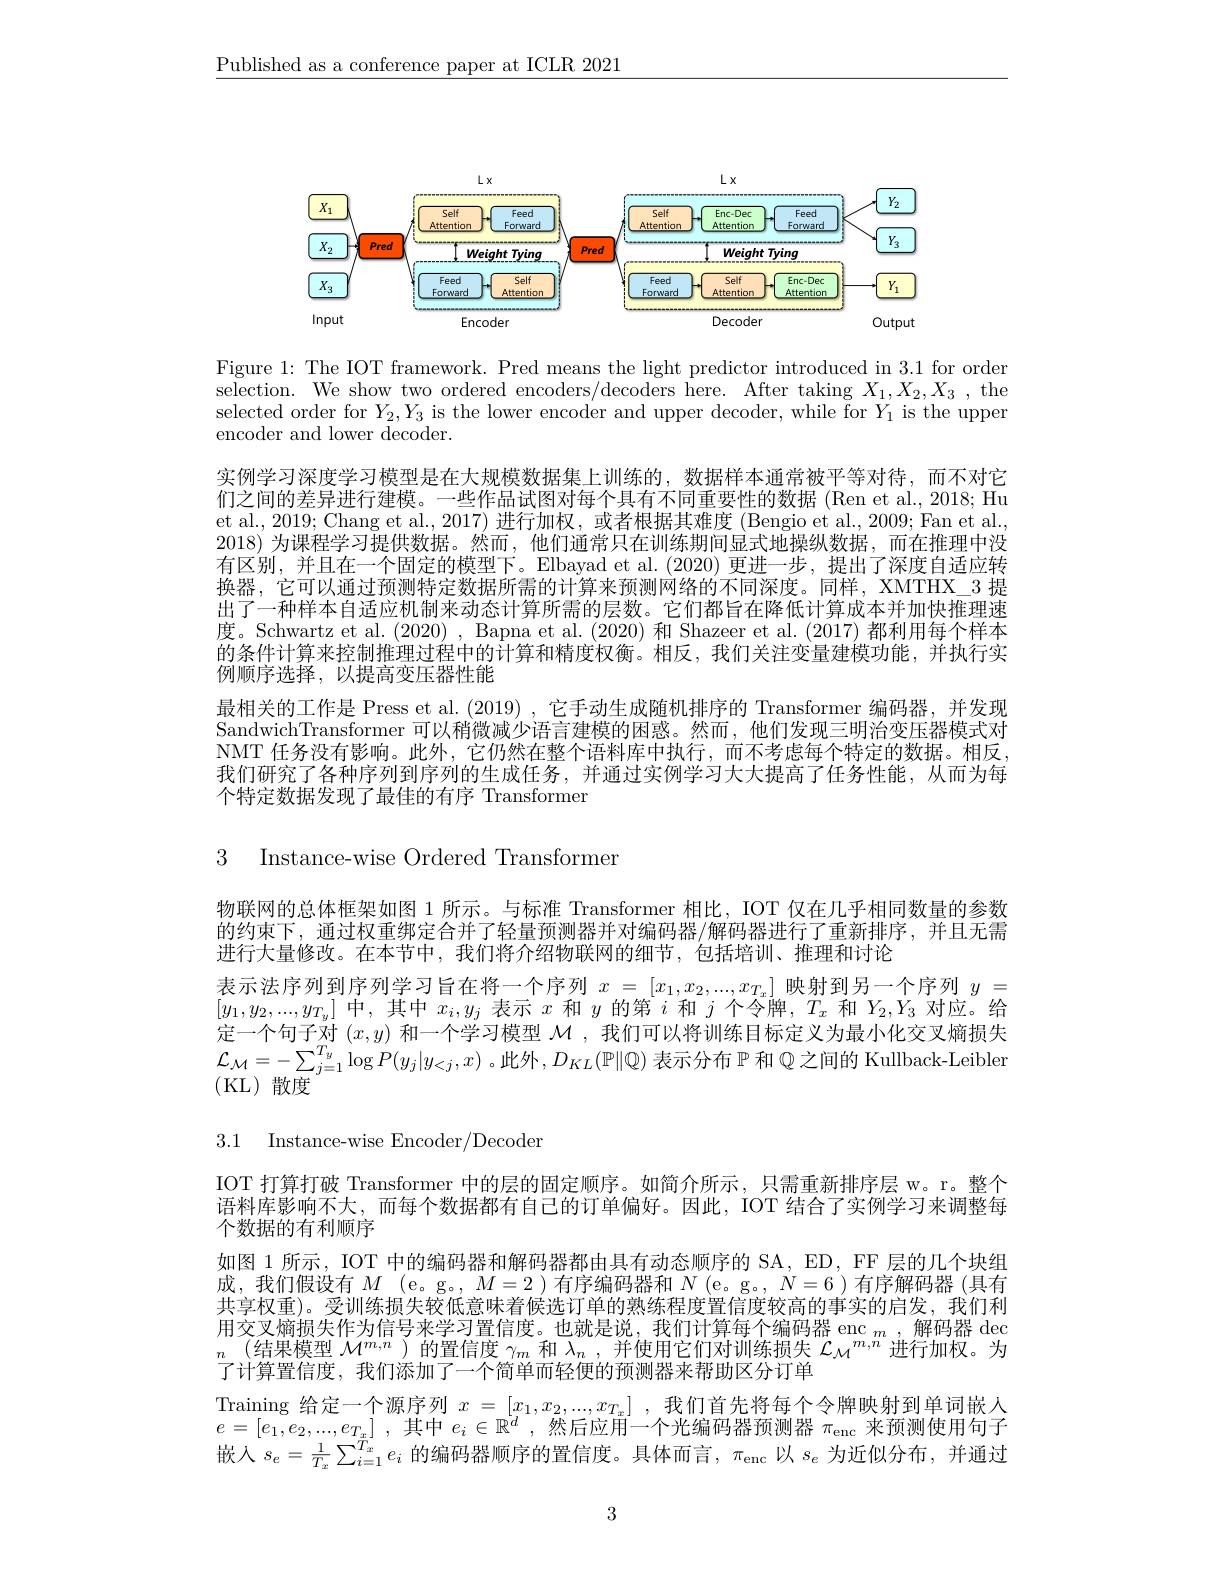
$\underline{\text{Published as a conference paper at ICLR 2021}}$

<FigureHere>

Figure 1: The IOT framework. Pred means the light predictor introduced in 3.1 for order selection. We show two ordered encoders/decoders here. After taking $X_1,X_2,X_3$, the selected order for $Y_2,Y_3$ is the lower encoder and upper decoder, while for $Y_1$ is the upper encoder and lower decoder.

实例学习深度学习模型是在大规模数据集上训练的，数据样本通常被平等对待，而不对它们之间的差异进行建模。一些作品试图对每个具有不同重要性的数据 (Ren et al., 2018; Hu et al., 2019; Chang et al., 2017) 进行加权，或者根据其难度 (Bengio et al., 2009; Fan et al., 2018) 为课程学习提供数据。然而，他们通常只在训练期间显式地操纵数据，而在推理中没有区别，并且在一个固定的模型下。Elbayad et al.(2020) 更进一步，提出了深度自适应转换器，它可以通过预测特定数据所需的计算来预测网络的不同深度。同样，XMTHX\_3 提出了一种样本自适应机制来动态计算所需的层数。它们都旨在降低计算成本并加快推理速度。Schwartz et al. (2020) , Bapna et al. (2020) 和 Shazeer et al. (2017) 都利用每个样本的条件计算来控制推理过程中的计算和精度权衡。相反，我们关注变量建模功能，并执行实例顺序选择，以提高变压器性能
最相关的工作是 Press et al. (2019) , 它手动生成随机排序的 Transformer 编码器，并发现SandwichTransformer 可以稍微减少语言建模的困惑。然而，他们发现三明治变压器模式对NMT 任务没有影响。此外，它仍然在整个语料库中执行，而不考虑每个特定的数据。相反我们研究了各种序列到序列的生成任务，并通过实例学习大大提高了任务性能，从而为每个特定数据发现了最佳的有序 Transformer

3 Instance-wise Ordered Transformer

物联网的总体框架如图 1 所示。与标准 Transformer 相比，IOT 仅在几乎相同数量的参数的约束下，通过权重绑定合并了轻量预测器并对编码器/解码器进行了重新排序，并且无需进行大量修改。在本节中，我们将介绍物联网的细节，包括培训、推理和讨论
表示法序列到序列学习旨在将一个序列$x=[x_1,x_2,...,x_{T_x}]$映射到另一个序列$y=$ $[y_{1},y_{2},...,y_{T_{y}}]$中，其中$x_i,y_{j}$表示$x$和$y$的第$i$和$j$个令牌$,T_x$和$Y_2,Y_3$对应。给定一个句子对$(x,y)$和一个学习模型$\mathcal{M}$ ,我们可以将训练目标定义为最小化交叉熵损失$\mathcal{L}_{\mathcal{M}}=-\sum_{j=1}^{T_y}\log P(y_j|y_{<j},x)$ 。此外$,D_KL(\mathbb{P}\|\mathbb{Q})$ 表示分布 $\mathbb{P}$ 和 $\mathbb{Q}$之间的 Kullback-Leibler (KL)散度

3.1 Instance-wise Encoder/Decoder

IOT 打算打破 Transformer 中的层的固定顺序。如简介所示，只需重新排序层 w。r。整个语料库影响不大，而每个数据都有自己的订单偏好。因此，IOT 结合了实例学习来调整每个数据的有利顺序
如图 1 所示，IOT 中的编码器和解码器都由具有动态顺序的 SA, ED, FF 层的几个块组成，我们假设有$M$ (e。g。, $M=2$ )有序编码器和$N$ (e。g。, $N=6$ )有序解码器 (具有共享权重)。受训练损失较低意味着候选订单的熟练程度置信度较高的事实的启发，我们利$\text{甲交叉禰茄失作为信号来学习置信度。抑就是说，我们计算每个编码器 enc }_m$.解的器 deo $\begin{array}{c}{(\text{结果模型 }\mathcal{M}^{m,n})\text{ 的置信度 }\gamma_{m}\text{ 和 }\lambda_{n},\text{ 并使用它们对训练损失 }\mathcal{L}_{\mathcal{M}}^{m,n}\text{ 进行加权。为}}\\{\text{了计算置信度，我们添加了一个简单而轻便的预测器来帮助区分订单}}\end{array}$ Training 给定一个源序列$x=[x_1,x_2,...,x_{T_x}]$ ,我们首先将每个令牌映射到单词嵌人$e= [ e_1, e_2, . . . , e_{T_x}]$ ,其中$e_i\in\mathbb{R}^d$ ,然后应用一个光编码器预测器$\pi_\mathrm{enc}$来预测使用句子嵌入$s_e=\frac1{T_x}\sum_{i=1}^{T_x}e_i$ 的编码器顺序的置信度。具体而言，$\pi_\mathrm{enc}$以 $s_e$ 为近似分布，并通过

3